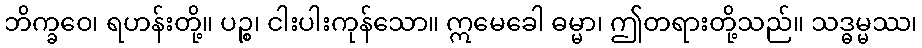
ဘိက္ခဝေ၊ ရဟန်းတို့။ ပဉ္စ၊ ငါးပါးကုန်သော။ ဣမေခေါ ဓမ္မာ၊ ဤတရားတို့သည်။ သဒ္ဓမ္မဿ၊